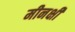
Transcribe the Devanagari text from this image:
मीनक्षी